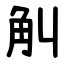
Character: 觓